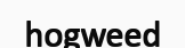
hogweed